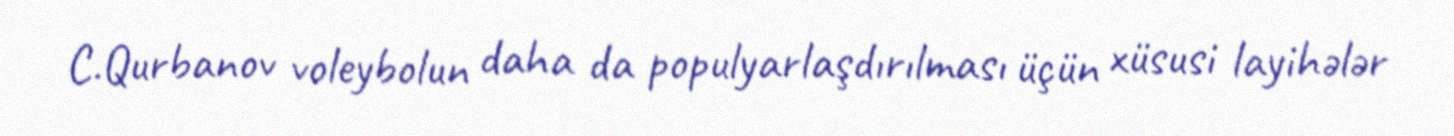
C.Qurbanov voleybolun daha da populyarlaşdırılması üçün xüsusi layihələr